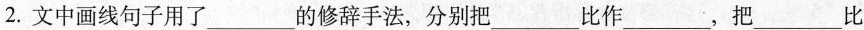
2.文中画线句子用了___的修辞手法，分别把___比作___，把___比